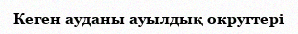
Кеген ауданы ауылдық округтері